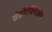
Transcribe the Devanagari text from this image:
सेफ़ोटैक्सिओम